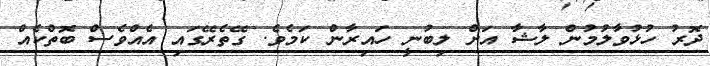
ދޮރު ހުޅުވާލުމުން ލާޝާ އަށް ލިބުނީ ހައިރާން ކަމެވެ. ގޭތެރޭގައި އެއްވެސް ބޮތްކެއް